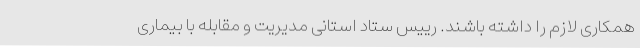
همکاری لازم را داشته باشند. رییس ستاد استانی مدیریت و مقابله با بیماری